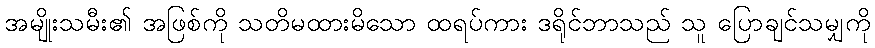
အမျိုးသမီး၏ အဖြစ်ကို သတိမထားမိသော ထရပ်ကား ဒရိုင်ဘာသည် သူ ပြောချင်သမျှကို